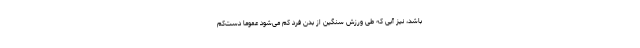
باشد، نیز آبی که طی ورزش سنگین از بدن فرد کم می‌شود عموماً دست‌کم